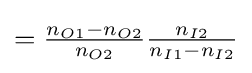
={\tfrac {n_{O1}-n_{O2}}{n_{O2}}}{\tfrac {n_{I2}}{n_{I1}-n_{I2}}}